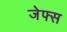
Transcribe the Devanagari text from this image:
जेफ्स